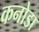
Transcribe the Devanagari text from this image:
कनोडा